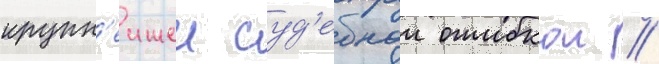
крупн'еишеи суд'ебнои ошибкои //